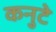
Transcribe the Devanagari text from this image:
कनुटे